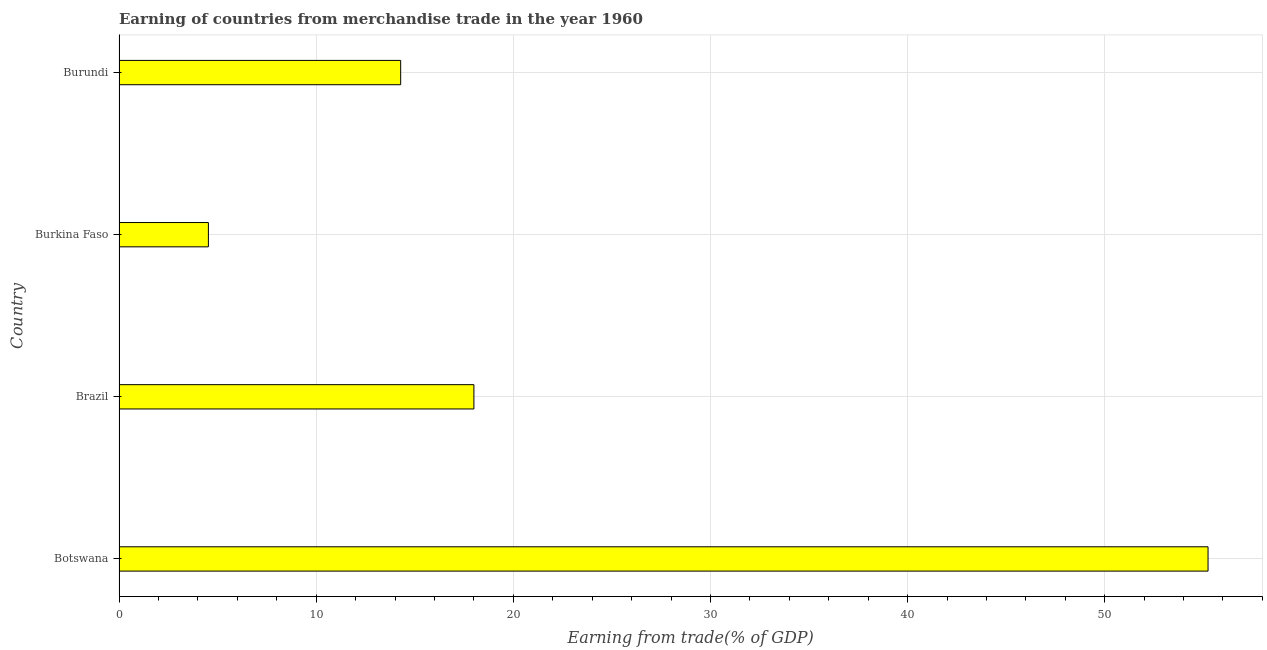
| Country | Merchandise trade |
 | --- | --- |
 | Botswana | 55.2 |
 | Brazil | 18 |
 | Burkina Faso | 4.53 |
 | Burundi | 14.3 |